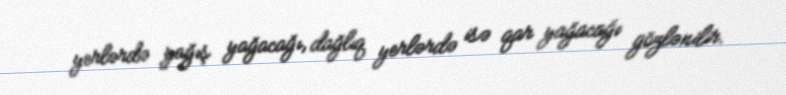
yerlərdə yağış yağacağı, dağlıq yerlərdə isə qar yağacağı gözlənilir.